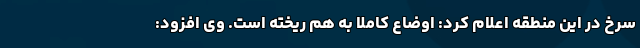
سرخ در این منطقه اعلام کرد: اوضاع کاملا به هم ریخته است. وی افزود: